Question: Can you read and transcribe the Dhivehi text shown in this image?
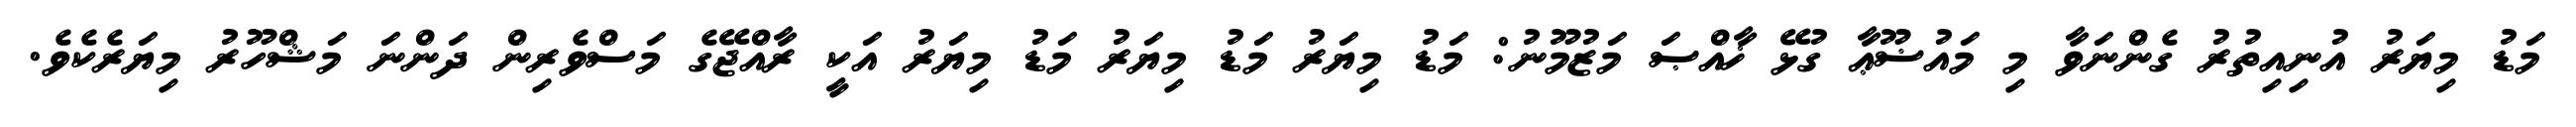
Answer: މަޑު މިޔަރު އުނިއިތުރު ގެންނަވާ މި މައުޟޫޢާ ގުޅޭ ޚާއްޞަ މަޒުމޫނު: މަޑު މިޔަރު މަޑު މިޔަރު މަޑު މިޔަރު އަކީ ރާއްޖޭގެ މަސްވެރިން ދަންނަ މަޝްހޫރު މިޔަރެކެވެ.